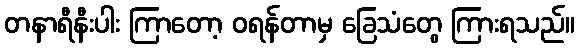
တနာရီနီးပါး ကြာတော့ ဝရန်တာမှ ခြေသံတွေ ကြားရသည်။